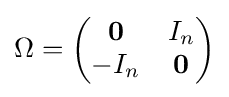
\Omega ={\begin{pmatrix}\mathbf {0} &I_{n}\\-I_{n}&\mathbf {0} \end{pmatrix}}